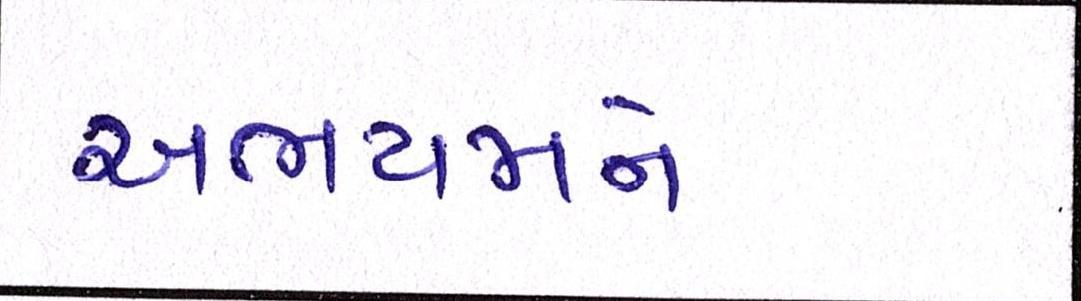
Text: અભયમને